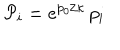
LaTeX: { \cal P } _ { i } = e ^ { p _ { 0 } / \kappa } \, p _ { i }